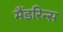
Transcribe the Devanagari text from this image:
मैंडरिन्स